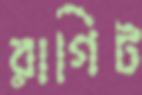
রাগিট